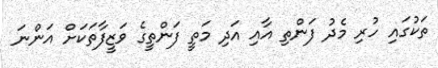
ތަކުގައި ހުރި މެދު ފަންތި އާއި އަދި މަތީ ފަންތީގެ ވަޒީފާތަކަށް އަންނަ